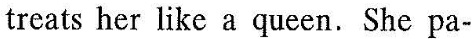
treats her like i queen.She pu- tiently p:epzres Tiffy's meals of meat, fish, chicken and dfferent kinds of freshvegeta bles.Tily aso eatsyoghurt and biscuits after dinner. are away at ui :twā s0:s to treat Tiffy very well, and she truly enkoys hoing it. "Iwant to gve her the heahhiest,must wonderul life as lorg as pxssible," she says. Food sniffer dogi work at intcrnational airports in thc Unitzd Statcs. Their job is to smell aml find ilkgal (不合法的冫fruire.Wmaablesart olhet ocds in bags which could be dazgerous for plants and animals. The dre calmly sita down next to anything, thal sme!ls ssyicjons (可疑的).The dog's humarn partmer taen eheeks ior illegal foods.Smifter togs ate friendly and cute, so Ghey don't weare peopleaa they sniff through the crowds. More icnyortanly, these dogs have an as- lonishing nosc for fowd.They can tind iol in bags 8:"%cf τhe tine:.' Animal carers Jesxie is a whippet(小灵猗〉that visits very sick childrcn in hospital, She sbows thera te: luve and when tbey fezl duwn, Jesic makes thcm huppy,Jessie belgs paticrts to stay strong tduring, theit time in hospital. There are many differen:kins ol wnimalsthat belp people.We irain"svice dogs" to help people with physical disabilities. The besi knwn service dogs ate gr:des for the bira.But they can also lean im ,turn ligbts on and uf、pick up objcers frem the flcar and even pull wheelcbaus' oggie detectives [侦探犬; Scarch-and-rescuc(SAR) dops msetheis amazing noses to find people.They can smelltiny clues(索〕 that people ieave wherever they go. 1 hLu suThy Ieria(曲),small.Picccs ot c rcà through mbble()may uu ucyse and other Jisasters. 1.What food coes Tifry eat? A.Omly yoghurt anc biscuits. B.Anything exeept vegelanles. c:.Normal dog food fron sbops. D.Uo me-cooked mals. .Which sf the iolowiogis the besi exprsion ts ill in ile blank in the passage? A.ook tor issing bikers B.open wnd close daors C.do aay tasks for people .D. Iullow people here and there 3.What kind of dos is the mt helpful whcn a chitd iw lūst? A.SAR dogs. B.Whippet dogs. c.Saiffer cogs. D.Oueen dogs. 4.What's the parposc af the pass ge A.To introduca tifferenl kinds of foad sniffer dors. B.To tell the readers the importarce u'ρrotecting aninals. .To show the speciul ce.Ationships between dogs and bumats. D.To share with the rcaders the pleasure of keeping do5 as pets.